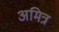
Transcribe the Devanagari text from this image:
अमित्र